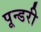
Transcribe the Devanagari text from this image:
पून्डरी